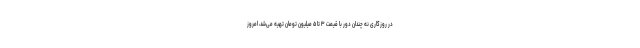
در روزگاری نه چندان دور با قیمت ۳ تا ۵ میلیون تومان تهیه می‌شد، امروز